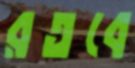
রতবে